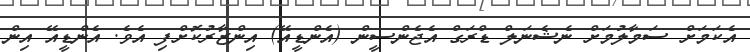
އެކަމަށް ސަމާލުމަށް ނެޝެނަލް ޑްރަގް އެޖެންސީން (އެންޑީއޭ) އިންޒާރުކޮށްފި އެވެ. އެންޑީއޭ އިން